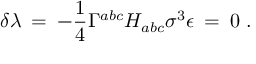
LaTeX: \delta \lambda \: = \: - \frac { 1 } { 4 } \Gamma ^ { a b c } H _ { a b c } \sigma ^ { 3 } \epsilon \: = \: 0 \ .